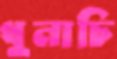
ধুনাচি